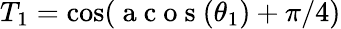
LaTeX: T_{1}=\cos(\mathrm{~a~c~o~s~}(\theta_{1})+\pi/4)